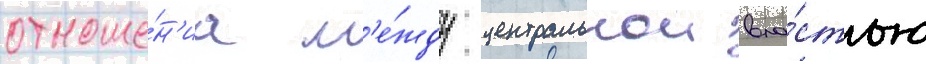
отноше́н'иа м'е́жду центральнои вла́стью